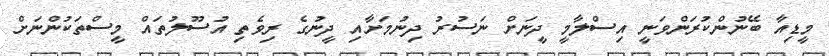
މީޑިއާ ބޭނުންކުރަންވަނީ އިސްލާމީ ދީނަށް ނަސުރު ދިނުމަށާއި ދީނުގެ ރިވެތި އުސޫލުތައް މީސްތަކުންނަށް